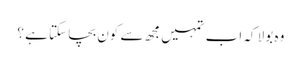
وہ بولا کہ اب تمہیں مجھ سے کون بچا سکتا ہے ؟